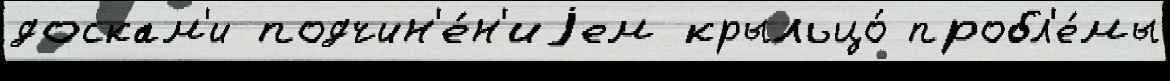
доскам'и подчин'е́н'иjем крыльцо́ пробл'е́мы